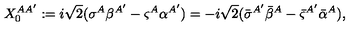
X _ { 0 } ^ { A { A ^ { \prime } } } : = i { \sqrt 2 } ( \sigma ^ { A } \beta ^ { A ^ { \prime } } - \varsigma ^ { A } \alpha ^ { A ^ { \prime } } ) = - i { \sqrt 2 } ( { \bar { \sigma } } ^ { A ^ { \prime } } { \bar { \beta } } ^ { A } - { \bar { \varsigma } } ^ { A ^ { \prime } } { \bar { \alpha } } ^ { A } ) ,